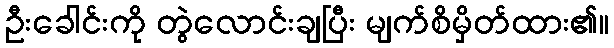
ဦးခေါင်းကို တွဲလောင်းချပြီး မျက်စိမှိတ်ထား၏။